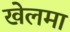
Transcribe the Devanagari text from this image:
खेलमा